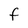
Character: F